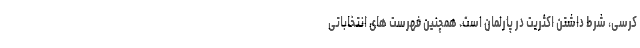
کرسی، شرط داشتن اکثریت در پارلمان است. همچنین فهرست های انتخاباتی